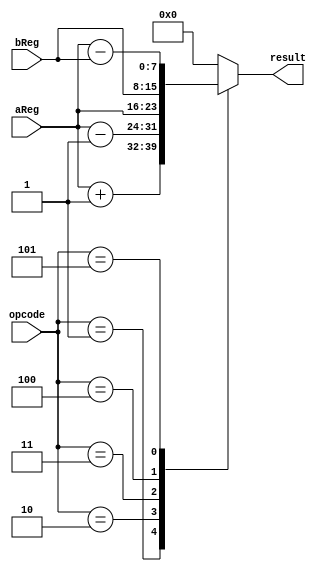
module alu(aReg, bReg, opcode, result);
	input [7:0] aReg;
	input [7:0] bReg;
	input [2:0] opcode;
	output [7:0] result;
	reg [7:0] res;
	always @ (*) begin
		case(opcode)
			3'b000: res = 8'b0;
			3'b001: res = aReg + 8'd1;
			3'b010: res = aReg - 8'd1;
			3'b011: res = aReg;
			3'b100: res = bReg;
			3'b101: res = aReg - bReg;
			default: res = 8'b0;
		endcase
	end
	assign result = res;
endmodule